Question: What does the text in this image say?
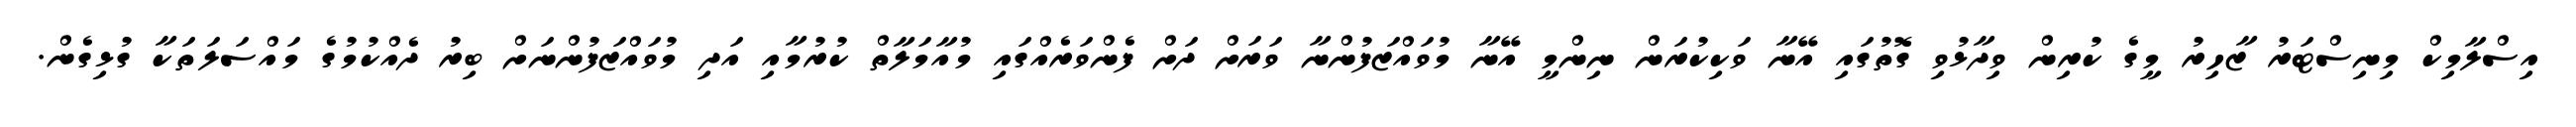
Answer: އިސްލާމިކް މިނިސްޓަރު ޒާހިރު މީގެ ކުރިން ވިދާޅުވި ގޮތުގައި އޭނާ ވަކިކުރަން ނިންމީ އޭނާ މުވައްޒަފުންނާ ވަރަށް ދަށް ފެންވަރެއްގައި މުއާމަލާތް ކުރުމާއި އަދި މުވައްޒަފުންނަށް ބިރު ދެއްކުމުގެ މައްސަލަތަކާ ގުޅިގެން.